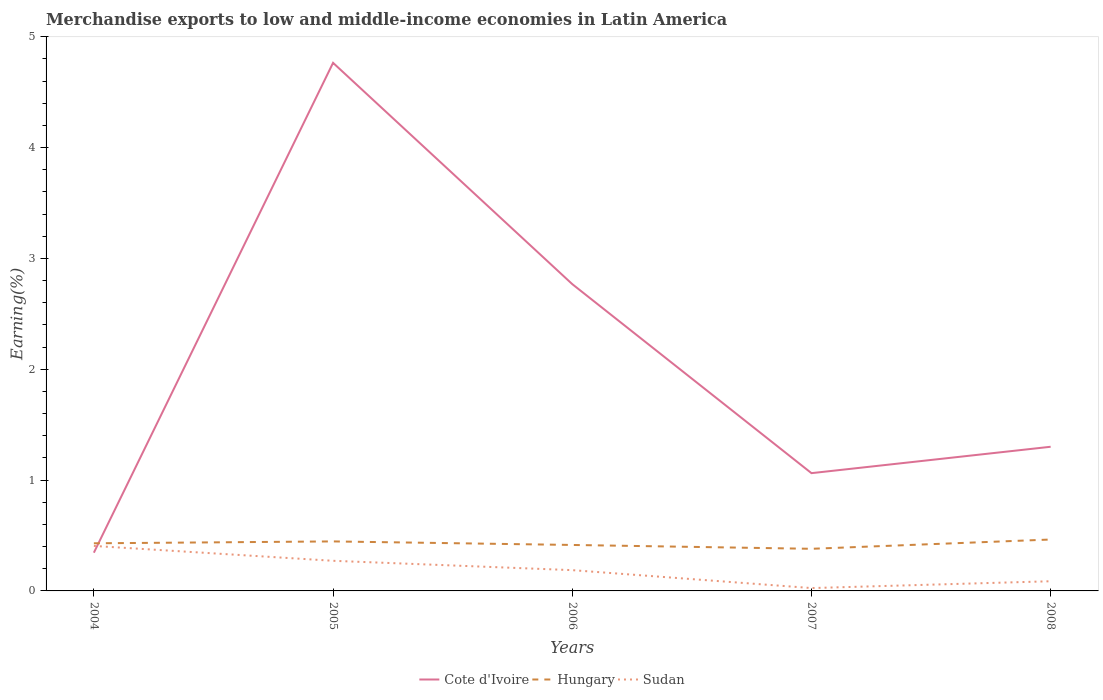
| Years | Cote d'Ivoire | Hungary | Sudan |
 | --- | --- | --- | --- |
 | 2004 | 0.345 | 0.43 | 0.406 |
 | 2005 | 4.76 | 0.447 | 0.272 |
 | 2006 | 2.77 | 0.415 | 0.187 |
 | 2007 | 1.06 | 0.38 | 0.0257 |
 | 2008 | 1.3 | 0.464 | 0.0873 |